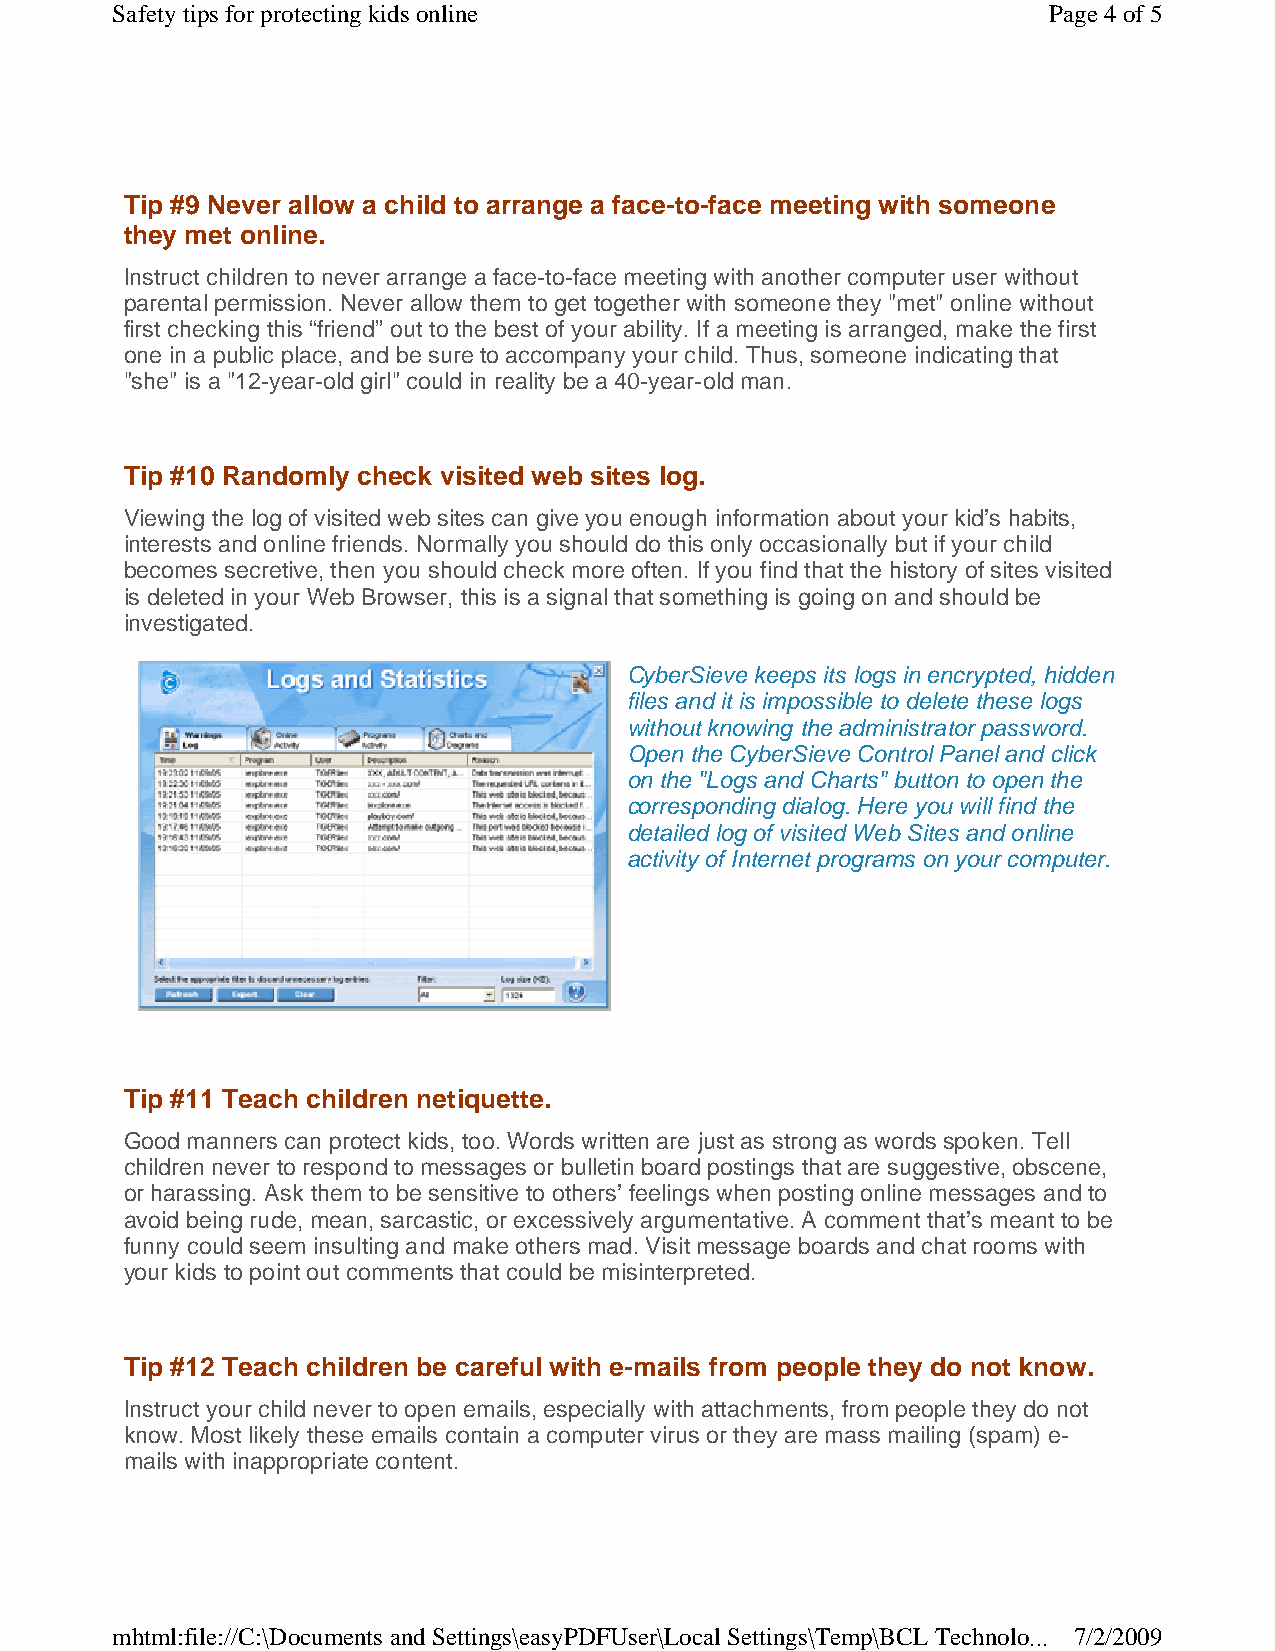
Safety tips for protecting kids online                        Page 4 of 5
 Tip #9 Never allow a child to arrange a face-to-face meeting with someone
 they met online.
 Instruct children to never arrange a face-to-face meeting with another computer user without
 parental permission. Never allow them to get together with someone they "met" online without
 first checking this “friend” out to the best of your ability. If a meeting is arranged, make the first
 one in a public place, and be sure to accompany your child. Thus, someone indicating that
 "she" is a "12-year-old girl" could in reality be a 40-year-old man.
 Tip #10 Randomly check visited web sites log.
 Viewing the log of visited web sites can give you enough information about your kid’s habits,
 interests and online friends. Normally you should do this only occasionally but if your child
 becomes secretive, then you should check more often. If you find that the history of sites visited
 is deleted in your Web Browser, this is a signal that something is going on and should be
 investigated.
 CyberSieve keeps its logs in encrypted, hidden
 files and it is impossible to delete these logs
 without knowing the administrator password.
 Open the CyberSieve Control Panel and click
 on the "Logs and Charts" button to open the
 corresponding dialog. Here you will find the
 detailed log of visited Web Sites and online
 activity of Internet programs on your computer.
 Tip #11 Teach children netiquette.
 Good manners can protect kids, too. Words written are just as strong as words spoken. Tell
 children never to respond to messages or bulletin board postings that are suggestive, obscene,
 or harassing. Ask them to be sensitive to others’ feelings when posting online messages and to
 avoid being rude, mean, sarcastic, or excessively argumentative. A comment that’s meant to be
 funny could seem insulting and make others mad. Visit message boards and chat rooms with
 your kids to point out comments that could be misinterpreted.
 Tip #12 Teach children be careful with e-mails from people they do not know.
 Instruct your child never to open emails, especially with attachments, from people they do not
 know. Most likely these emails contain a computer virus or they are mass mailing (spam) e-
 mails with inappropriate content.
 mhtml:file://C:\Documents and Settings\easyPDFUser\Local Settings\Temp\BCL Technolo... 7/2/2009